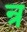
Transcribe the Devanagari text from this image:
न्र